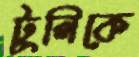
টুলিকে